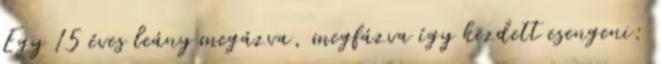
Egy 15 éves leány megázva, megfázva így kezdett esengeni: